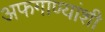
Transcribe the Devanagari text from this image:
अफगाण्यांशी